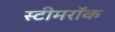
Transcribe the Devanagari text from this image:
स्टीमरॉक